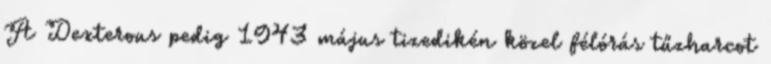
A Dexterous pedig 1943 május tizedikén közel félórás tűzharcot